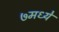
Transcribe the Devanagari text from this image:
७मध्ये